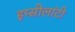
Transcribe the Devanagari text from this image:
इप्सीलांटी